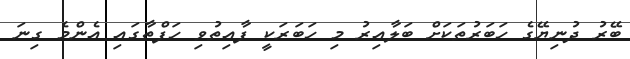
ބޭރު ދުނިޔޭގެ ހަބަރުތަކަށް ބަލާއިރު މި ހަބަރަކީ ފާއިތުވި ހަފްތާގައި އެންމެ ގިނަ